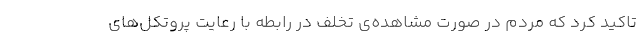
تاکید کرد که مردم در صورت مشاهده‌ی تخلف در رابطه با رعایت پروتکل‌های